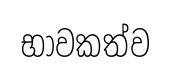
භාවකත්ව